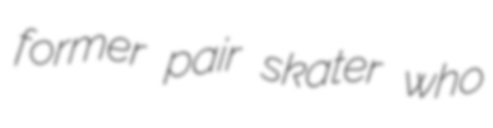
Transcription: former pair skater who